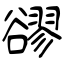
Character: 豂